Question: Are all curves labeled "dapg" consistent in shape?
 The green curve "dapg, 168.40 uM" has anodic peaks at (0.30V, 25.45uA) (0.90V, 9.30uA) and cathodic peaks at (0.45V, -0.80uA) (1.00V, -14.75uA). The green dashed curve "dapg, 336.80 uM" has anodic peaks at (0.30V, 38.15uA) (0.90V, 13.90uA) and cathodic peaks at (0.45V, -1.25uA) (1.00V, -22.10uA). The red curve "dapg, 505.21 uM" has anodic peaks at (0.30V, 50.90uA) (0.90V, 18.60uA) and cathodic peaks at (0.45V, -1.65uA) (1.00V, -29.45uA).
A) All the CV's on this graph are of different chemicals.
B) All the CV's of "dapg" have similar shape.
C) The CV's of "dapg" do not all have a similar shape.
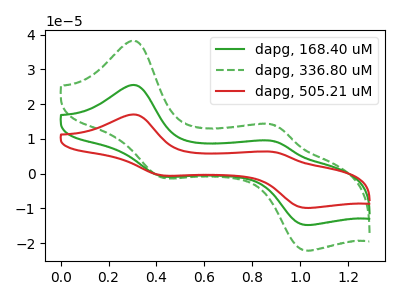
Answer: <think>All the peaks in "dapg, 168.40 uM" have a peak in "dapg, 336.80 uM" at the same potential. Every peak in "dapg, 168.40 uM" is lower than every peak in "dapg, 336.80 uM". All the peaks in "dapg, 168.40 uM" have a peak in "dapg, 505.21 uM" at the same potential. Every peak in "dapg, 168.40 uM" is lower than every peak in "dapg, 505.21 uM". All the peaks in "dapg, 336.80 uM" have a peak in "dapg, 505.21 uM" at the same potential. Every peak in "dapg, 336.80 uM" is lower than every peak in "dapg, 505.21 uM".
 </think>
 <answer>B) All the CV's of "dapg" have similar shape.</answer>
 <eval>B</eval>